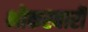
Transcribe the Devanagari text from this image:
भोकरबारी